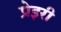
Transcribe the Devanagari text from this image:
प्रेइरी